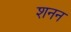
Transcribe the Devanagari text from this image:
शनन